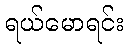
ရယ်မောရင်း